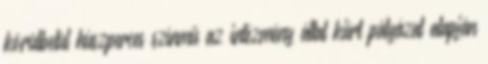
körülbelül húszperces színmű az intézmény által kiírt pályázat alapján